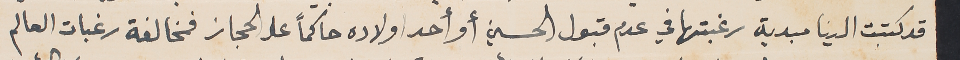
قد كتبت الينا مبدية رغبتها في عدم قبول الحسين أو أحد اولاده حاكماً على الحجاز فمخالفة رغبات العالم